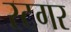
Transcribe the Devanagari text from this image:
रटगर